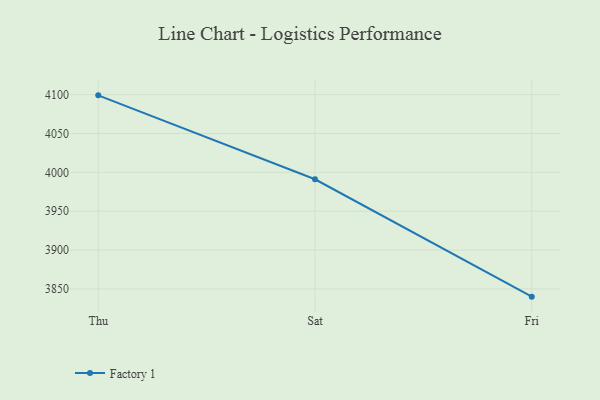
{"axis": {"x": "Day", "y": "LTV (USD)"}, "legend": ["Factory 1"], "data": [{"x": "Thu", "y": 4099.1, "type": "Factory 1"}, {"x": "Sat", "y": 3991.1, "type": "Factory 1"}, {"x": "Fri", "y": 3840.0, "type": "Factory 1"}]}